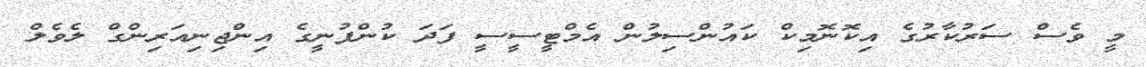
މީ ވެސް ސަރުކާރުގެ އިކޮނޮމިކް ކައުންސިލުން އެމްޓީސީސީ ފަދަ ކުންފުނީގެ އިންޖިނިއަރިންގް ލެވެލް